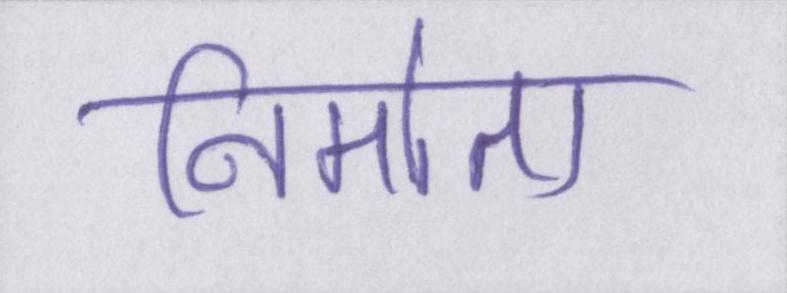
निर्माता